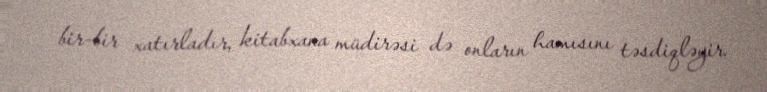
bir-bir xatırladır, kitabxana müdirəsi də onların hamısını təsdiqləyir.